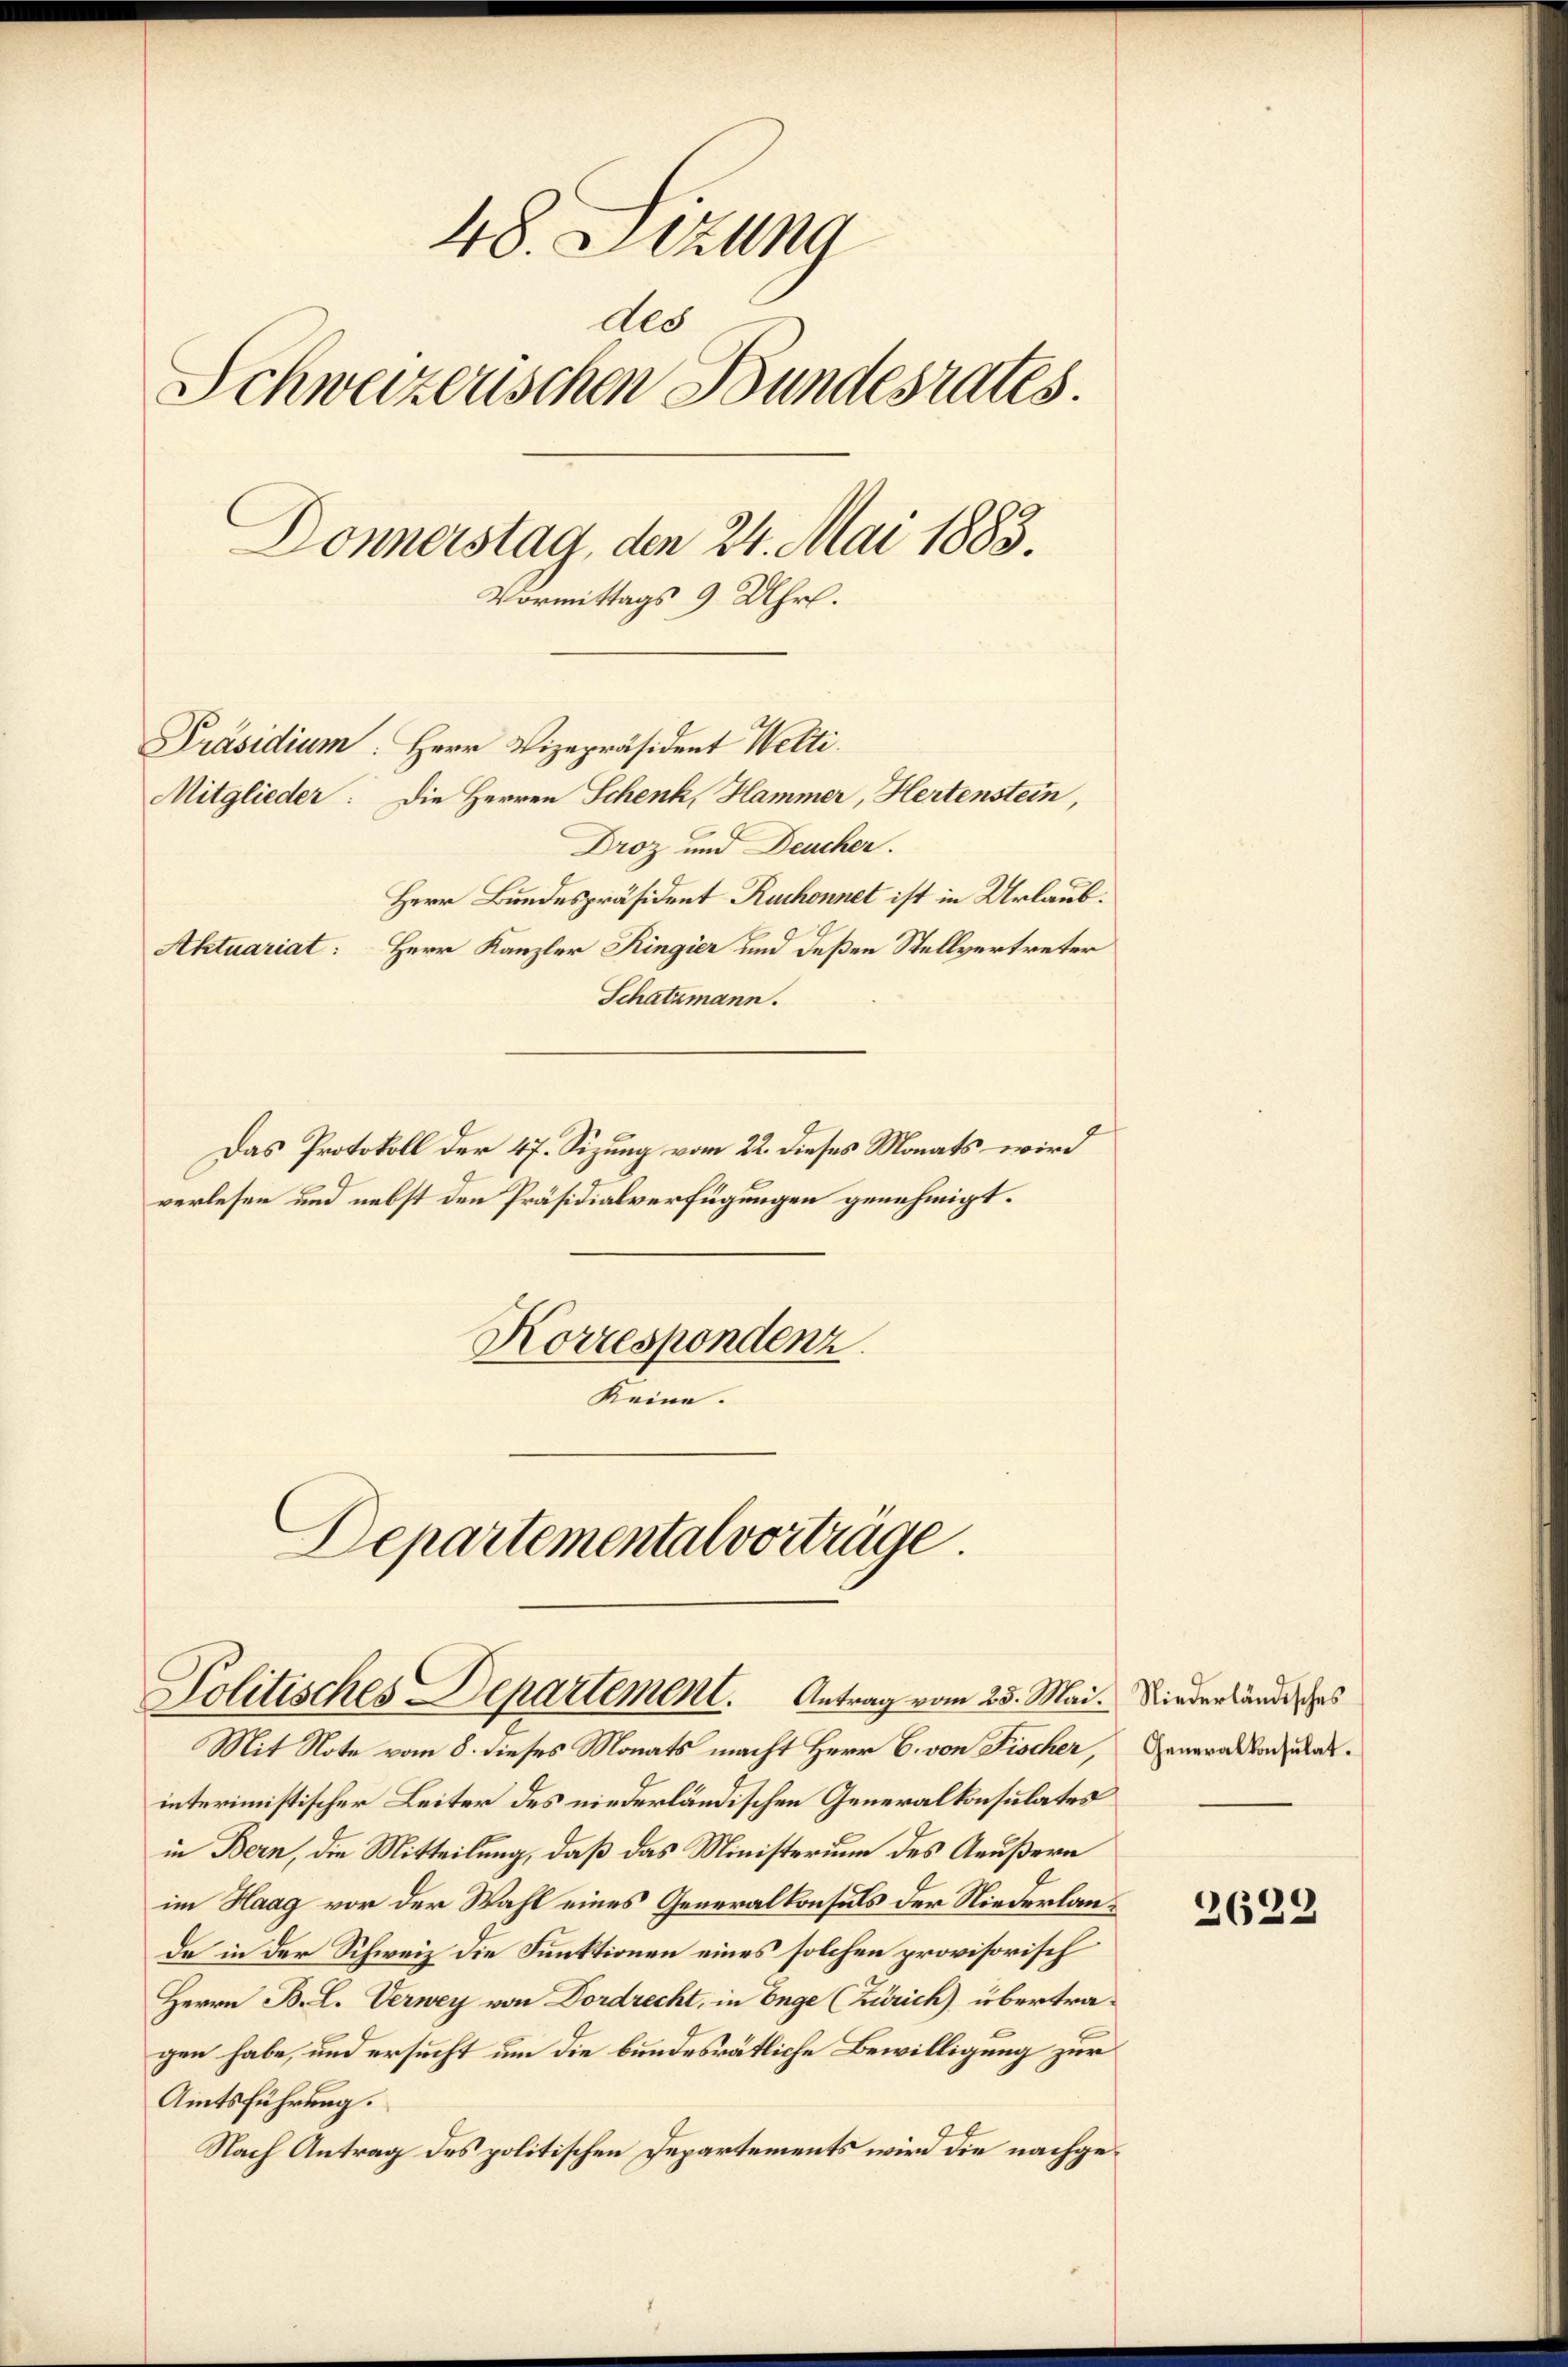
48. Sizung
ddo
Schweizerischen Bundesrates.
Donnerstag, den 24. Mai 1883.
Vormittags 9 Uhr.

Präsidium. Herr Vizepräsident Welti.
Mitglieder: Die Herren Schenk, Hammer, Hertenstein,
Droz und Deucher.
Herr Bundespräsident Ruchonnet ist in Urlaub.
Aktuariat: Herr Kanzler Ringier und deßen Stellvertreter

Schatzmann.
Das Protokoll der 47. Sizung vom 22. dieses Monats wird
verlesen und nebst den Präsidialverfügungen genehmigt.
Korrespondenz.
Keine.
Departemental vorträge.

Politisches Departemont. Antrag vom 25. Mai. Niederländisches
Mit Note vom 8. dieses Monats macht Herr C. von Fischer,

interimistischer Leiter des niederländischen Generalkonsulates
in Bern, die Mitteilung, daß das Ministerium des Aeußern
im Haag vor der Wahl eines Generalkonsuls der Niederlande in der Schweiz die Funktionen eines solchen provisorisch
Herrn B. L. Verwey von Dordrecht, in Enge (Zürich) übertragen habe, und ersucht um die bundesrätliche Bewilligung zur
Amtsführung.
Nach Antrag des politischen Departements wird die nachge¬

Generalkonsulat.

2622